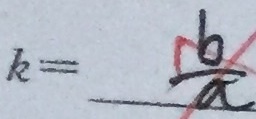
k = \frac { b } { a }